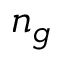
n _ { g }